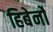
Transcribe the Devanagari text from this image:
हिबेर्नो